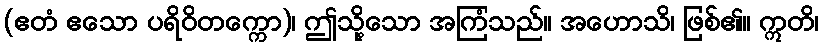
(ဧတံ ဧသော ပရိဝိတက္ကော)၊ ဤသို့သော အကြံသည်။ အဟောသိ၊ ဖြစ်၏။ ဣတိ၊